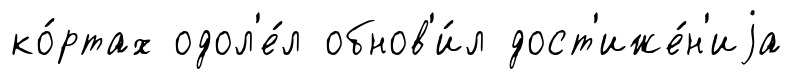
ко́ртах одол'е́л обнов'и́л дост'иже́н'иjа